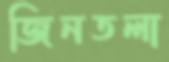
জিনতলা